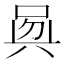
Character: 𠶵